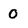
Character: 0